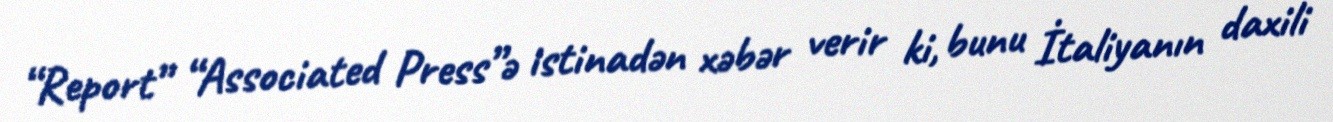
“Report” “Associated Press”ə istinadən xəbər verir ki, bunu İtaliyanın daxili